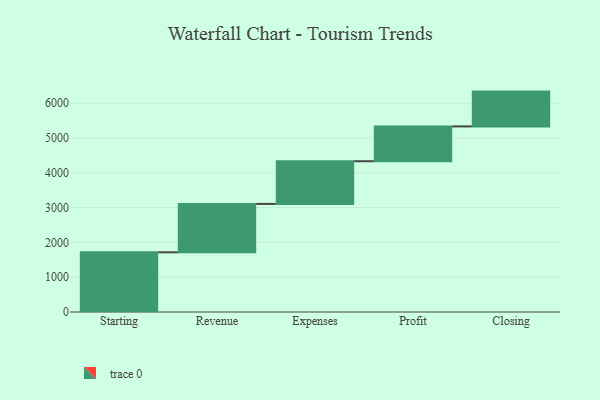
{"axis": {"x": "Step", "y": "Value"}, "legend": [""], "data": [{"x": "Starting", "y": 1715.0, "type": ""}, {"x": "Revenue", "y": 1390.0, "type": ""}, {"x": "Expenses", "y": 1226.0, "type": ""}, {"x": "Profit", "y": 1000, "type": ""}, {"x": "Closing", "y": 1000, "type": ""}]}